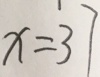
x = 3 7